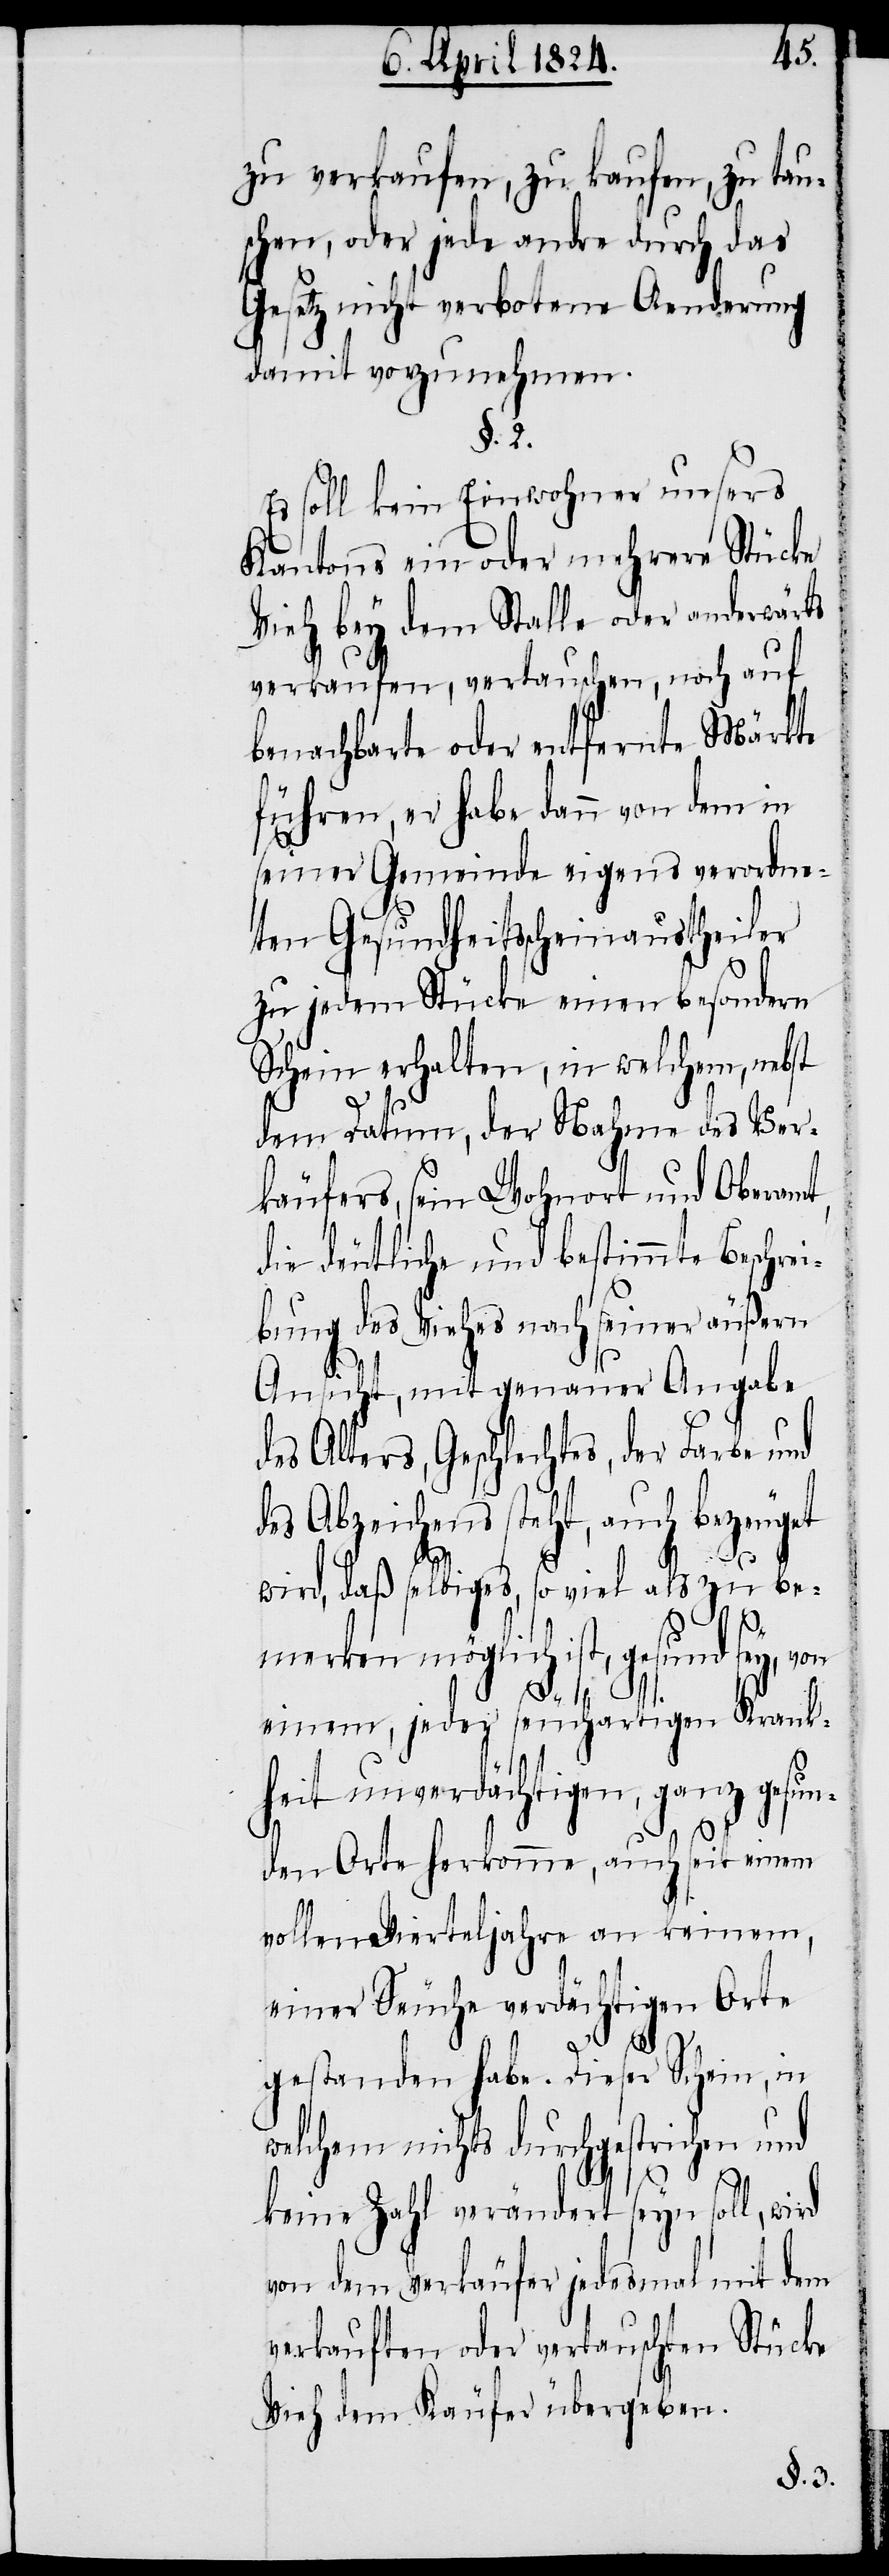
zu verkaufen, zu kaufen, zu tau¬
schen, oder jede andre durch das
Gesetz nicht verbotene Aenderung
damit vorzunehmen.
§. 2.
Es soll kein Einwohner unsers
Kantons ein oder mehrere Stücke
Vieh bey dem Stalle oder anderwärts
verkaufen, vertauschen, noch auf
benachbarte oder entfernte Märkte
führen, er habe dann von dem in
seiner Gemeinde eigens verordne¬
ten Gesundheitsscheinaustheiler
zu jedem Stücke einen besondern
Schein erhalten, in welchem, nebst
dem Datum, der Nahme des Ver¬
käufers, sein Wohnort und Oberamt,
die deutliche und bestimmte Beschrei¬
bung des Viehes nach seiner äußern
Ansicht, mit genauer Angabe
des Alters, Geschlechtes, der Farbe und
es Abzeichens steht, auch bezeugt
wird, daß selbiges, so viel als zu be¬
merken möglich ist, gesund sey, von
einem, jeder seuchartigen Krank¬
heit unverdächtigen, ganz gesun¬
d¬
den Orte herkomme, auch seit einem
vollen Vierteljahre an keinem,
einer Seuche verdächtigen Orte
gestanden habe. Dieser Schein, in
welchem nichts durchgestrichen und
keine Zahl verändert seyn soll, wird
von dem Verkäufer jedesmal mit dem
verkauften oder vertauschten Stücke
Vieh dem Käufer übergeben.